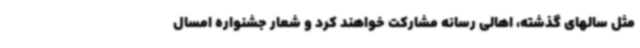
مثل سالهای گذشته، اهالی رسانه مشارکت خواهند کرد و شعار جشنواره امسال